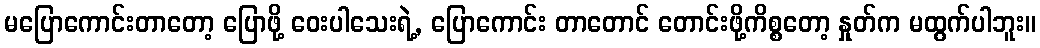
မပြောကောင်းတာတော့ ပြောဖို့ ဝေးပါသေးရဲ့, ပြောကောင်း တာတောင် တောင်းဖို့ကိစ္စတော့ နှုတ်က မထွက်ပါဘူး။